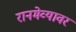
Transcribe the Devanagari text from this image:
रानमेव्यावर